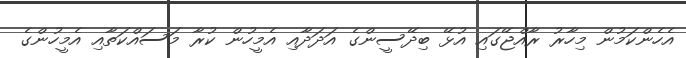
އެހެންކަމުން މިހާރު ރާއްޖޭގައި އުޅޭ ބިދޭސީންގެ އަދަދާއި އެމީހުން ކުރާ މަސައްކަތާއި އެމީހުންގެ